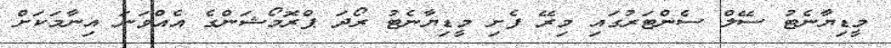
މީޑިޔާނެޓު ސޭލް ސެންޓަރުގައި މިރޭ ފެށި މީޑިޔާނެޓު ރޯދަ ޕްރޮމޯޝަންގެ އެއްވަނަ އިނާމަކަށް